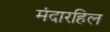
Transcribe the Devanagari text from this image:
मंदारहिल